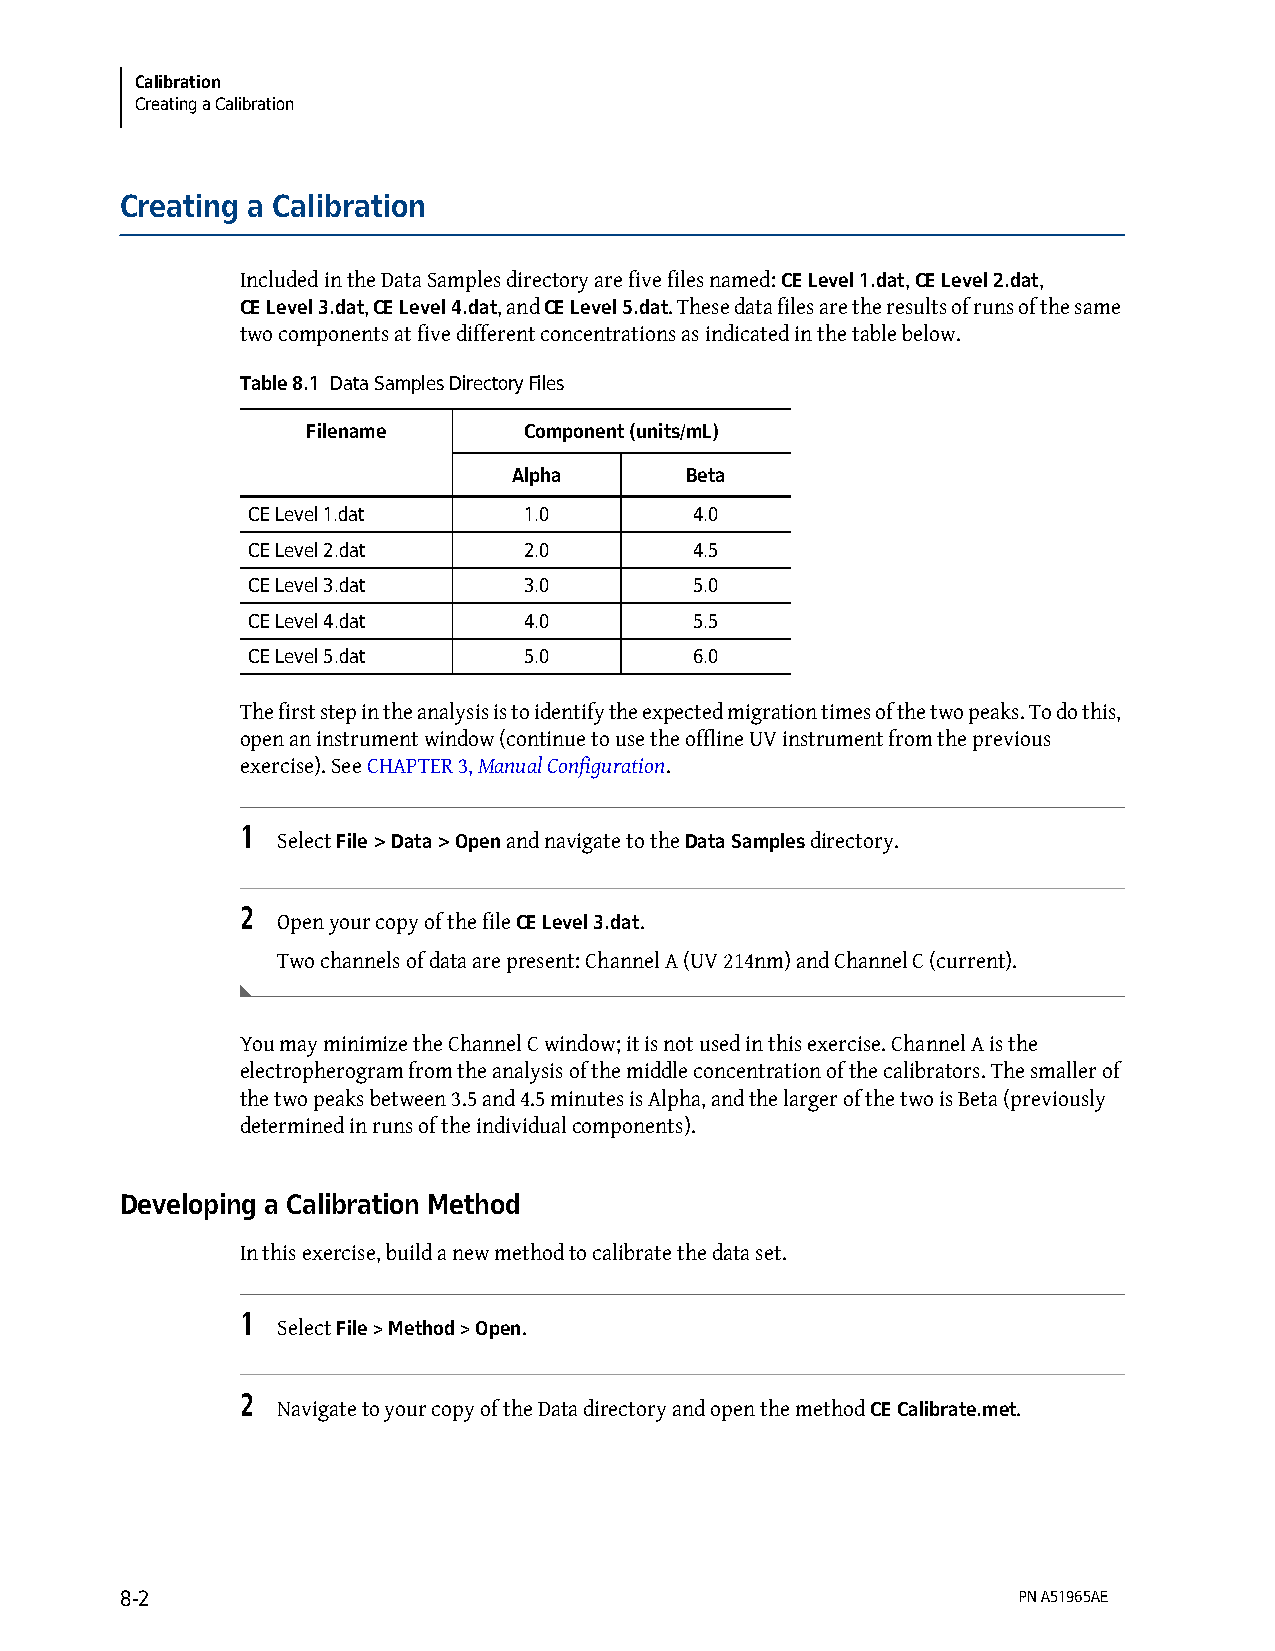
Calibration
 Creating a Calibration
 Creating a Calibration
 Included in the Data Samples directory are five files named: CE Level 1.dat, CE Level 2.dat,
 CE Level 3.dat, CE Level 4.dat, and CE Level 5.dat. These data files are the results of runs of the same
 two components at five different concentrations as indicated in the table below.
 Table 8.1 Data Samples Directory Files
 Filename       Component (units/mL)
 Alpha      Beta
 CE Level 1.dat     1.0        4.0
 CE Level 2.dat     2.0        4.5
 CE Level 3.dat     3.0        5.0
 CE Level 4.dat     4.0        5.5
 CE Level 5.dat     5.0        6.0
 The first step in the analysis is to identify the expected migration times of the two peaks. To do this,
 open an instrument window (continue to use the offline UV instrument from the previous
 exercise). See CHAPTER 3, Manual Configuration.
 1
 Select File > Data > Open and navigate to the Data Samples directory.
 2
 Open your copy of the file CE Level 3.dat.
 Two channels of data are present: Channel A (UV 214nm) and Channel C (current).
 You may minimize the Channel C window; it is not used in this exercise. Channel A is the
 electropherogram from the analysis of the middle concentration of the calibrators. The smaller of
 the two peaks between 3.5 and 4.5 minutes is Alpha, and the larger of the two is Beta (previously
 determined in runs of the individual components).
 Developing a Calibration Method
 In this exercise, build a new method to calibrate the data set.
 1
 Select File > Method > Open.
 2
 Navigate to your copy of the Data directory and open the method CE Calibrate.met.
 8-2                                                        PN A51965AE